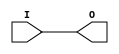
///////////////////////////////////////////////////////////////////////////////
// Copyright (c) 1995/2015 Xilinx, Inc.
// All Right Reserved.
///////////////////////////////////////////////////////////////////////////////
//   ____  ____
//  /   /\/   /
// /___/  \  /    Vendor : Xilinx
// \   \   \/     Version : 2015.4
//  \   \         Description : Xilinx Formal Library Component
//  /   /                  Output Buffer
// /___/   /\     Filename : OBUF.v
// \   \  /  \
//  \___\/\___\
//
///////////////////////////////////////////////////////////////////////////////
// Revision:
//    04/01/08 - Initial version.
// End Revision
///////////////////////////////////////////////////////////////////////////////

`timescale  1 ps / 1 ps

`celldefine

module OBUF (O, I);
    
    parameter CAPACITANCE = "DONT_CARE";
    parameter integer DRIVE = 12;
    parameter IOSTANDARD = "DEFAULT";
    parameter SLEW = "SLOW";

`ifdef XIL_TIMING //Simprim
 
  parameter LOC = "UNPLACED";

`endif

    output O;

    input  I;

    bufif0 B1 (O, I, 1'b0);

endmodule

`endcelldefine